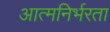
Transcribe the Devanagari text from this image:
आत्‍मनिर्भरता